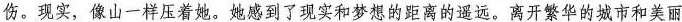
伤。现实，像山一样压着她。她感到了现实和梦想的距离的遥远。离开繁华的城市和美丽